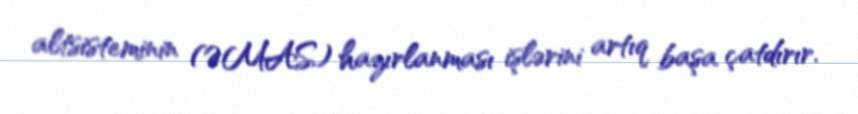
altsisteminin (ƏMAS) hazırlanması işlərini artıq başa çatdırır.